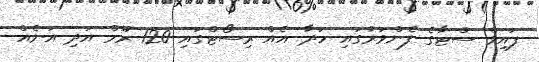
ފައިވް ސްޓާގެ ފެންވަރުގައި ހަދާ އެއް ރިސޯޓްގައި 120 ރޫމް އަދި އަނެއް